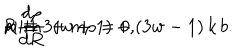
LaTeX: R { \frac { d \rho } { d R } } + m \rho = 0 , \hspace { 1 c m } \mathrm { w i t h } \hspace { 1 c m } m \equiv 3 ( w + 1 ) + ( 3 w - 1 ) \, k \, b .